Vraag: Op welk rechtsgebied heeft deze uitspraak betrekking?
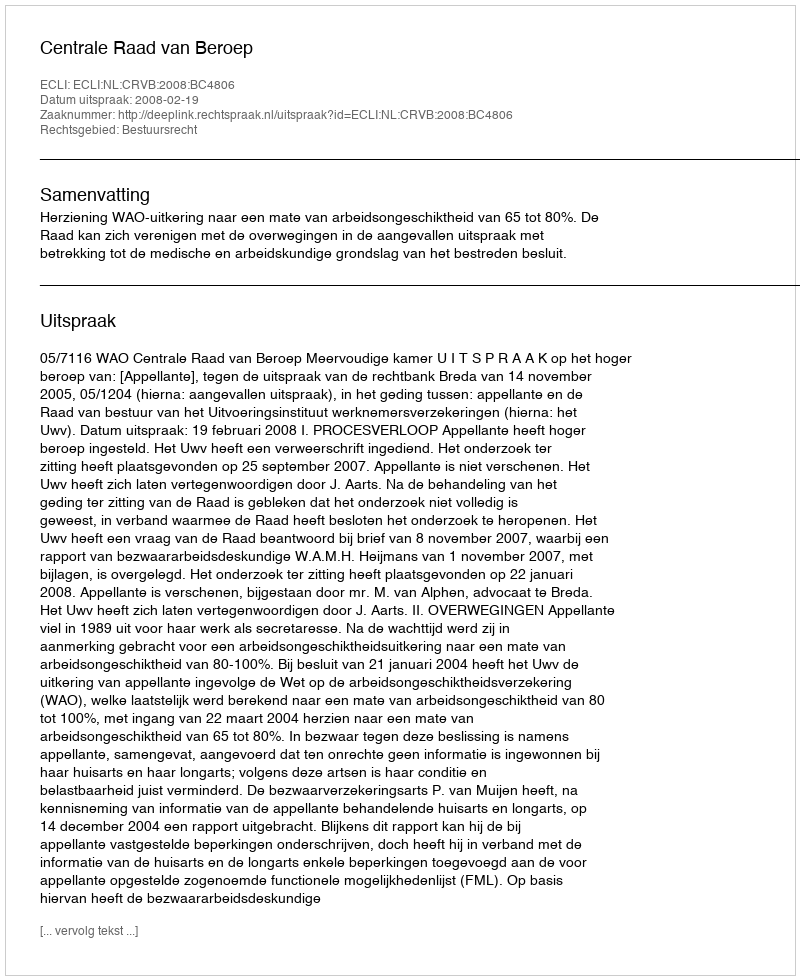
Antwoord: Bestuursrecht